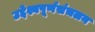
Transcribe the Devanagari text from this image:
उद्देश्यपूर्णसंचलन